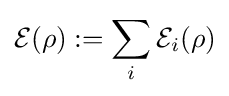
{\mathcal {E}}(\rho ):=\sum _{i}{\mathcal {E}}_{i}(\rho )